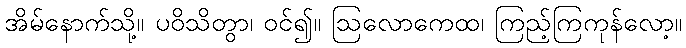
အိမ်နောက်သို့။ ပဝိသိတွာ၊ ဝင်၍။ ဩလောကေထ၊ ကြည့်ကြကုန်လော့။